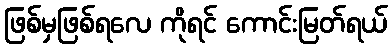
ဖြစ်မှဖြစ်ရလေ ကိုရင် ကောင်းမြတ်ရယ်